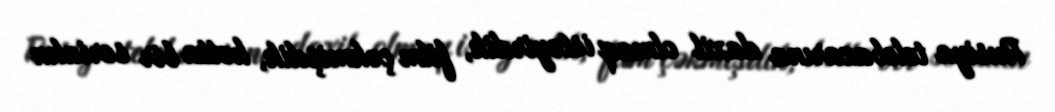
Rusiya telebazarına daxil olmaq istəyirdik, film çəkmişdik, hətta bir serialın